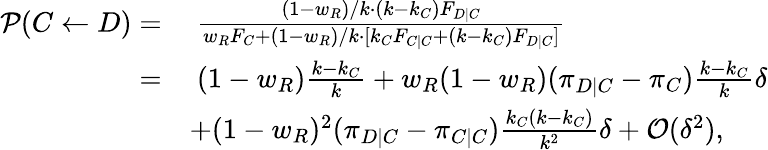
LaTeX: \begin{array}{rl}{\mathcal{P}(C\gets D)=}&{~\frac{(1-w_{R})/k\cdot(k-k_{C})F_{D|C}}{w_{R}F_{C}+(1-w_{R})/k\cdot[k_{C}F_{C|C}+(k-k_{C})F_{D|C}]}}\\ {=}&{~(1-w_{R})\frac{k-k_{C}}{k}+w_{R}(1-w_{R})(\pi_{D|C}-\pi_{C})\frac{k-k_{C}}{k}\delta}\\ &{+(1-w_{R})^{2}(\pi_{D|C}-\pi_{C|C})\frac{k_{C}(k-k_{C})}{k^{2}}\delta+\mathcal{O}(\delta^{2}),}\end{array}